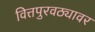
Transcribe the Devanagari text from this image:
वित्तपुरवठ्यावर